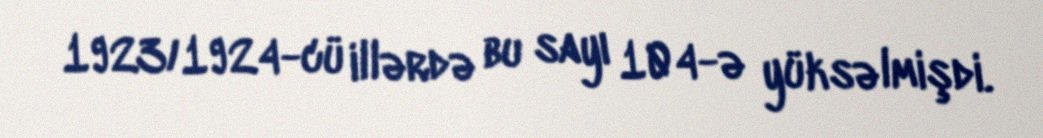
1923/1924-cü illərdə bu sayı 104-ə yüksəlmişdi.